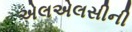
એલએલસીની